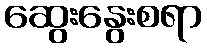
ဆွေးနွေးစရာ